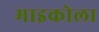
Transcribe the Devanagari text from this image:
माइकोला